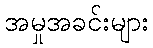
အမှုအခင်းများ